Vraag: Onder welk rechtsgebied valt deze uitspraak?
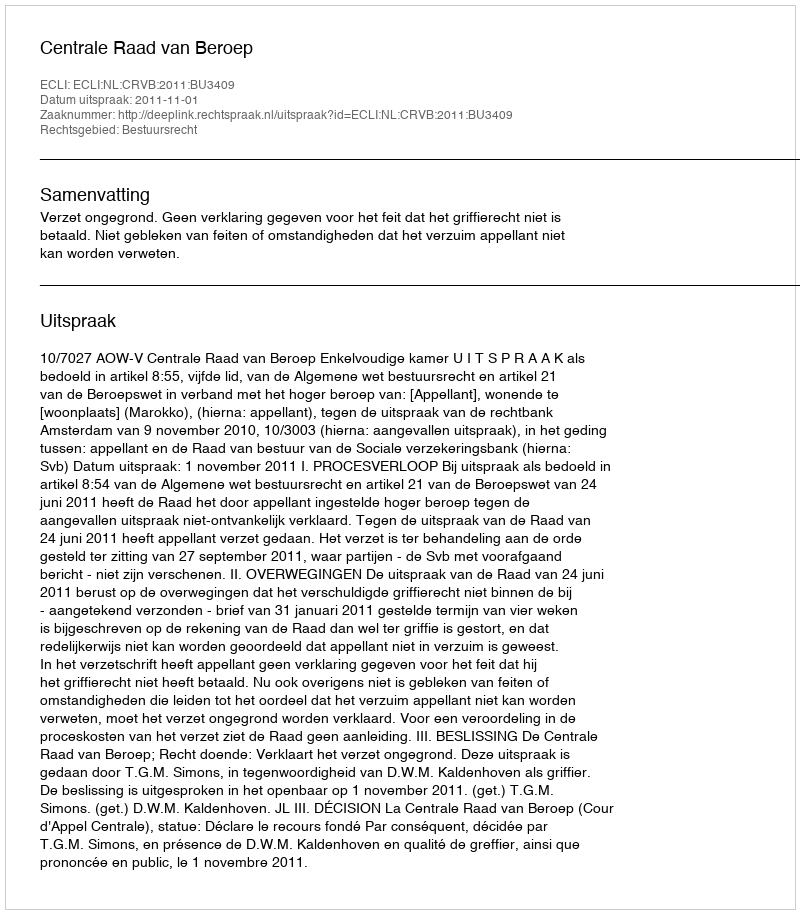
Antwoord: Bestuursrecht